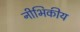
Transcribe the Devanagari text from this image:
नीभिकीय